Annual administration report of the Civil Veterinary Department of India - 1895-1896
Year: 1895
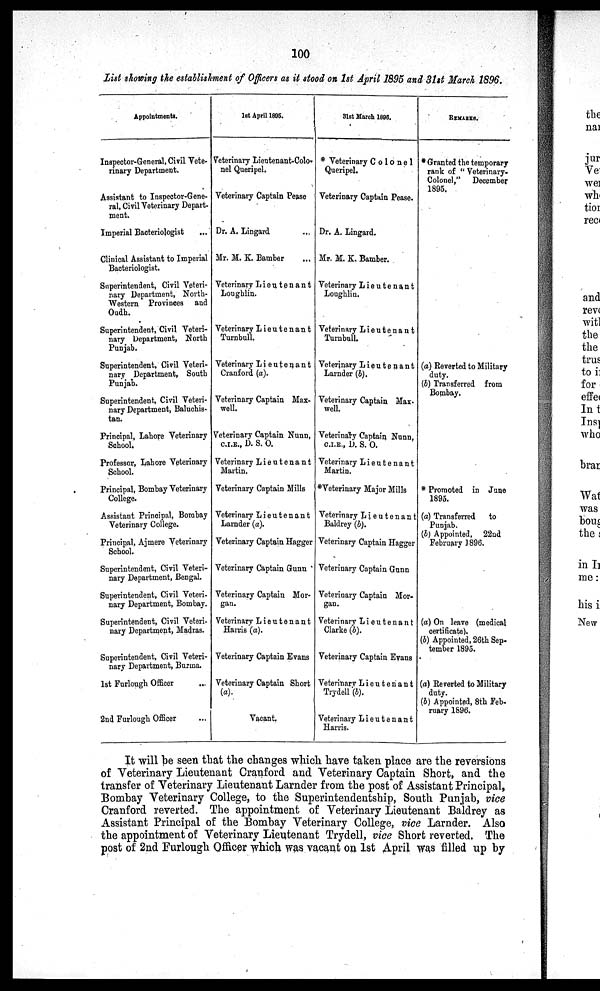
100
List showing the establishment of Officers as it stood on 1st April 1895 and 31st March 1896.
Appointments.
Inspector-General, Civil Vete-
rinary Department.
Assistant to Inspector-Gene-
ral, Civil Veterinary Depart-
ment.
Imperial Bacteriologist ...
Clinical Assistant to Imperial
Bacteriologist.
Superintendent, Civil Veteri-
nary Department, North-
Western Provinces and
Oudh.
Superintendent, Civil Veteri-
nary Department, North
Punjab.
Superintendent, Civil Veteri-
nary Department, South
Punjab.
Superintendent, Civil Veteri-
nary Department, Baluchis-
tan.
Principal, Lahore Veterinary
School.
Professor, Lahore Veterinary
School.
Principal, Bombay Veterinary
College.
Assistant Principal, Bombay
Veterinary College.
Principal, Ajmere Veterinary
School.
Superintendent, Civil Veteri-
nary Department, Bengal.
Superintendent, Civil Veteri-
nary Department, Bombay.
Superintendent, Civil Veteri-
nary Department, Madras.
Superintendent, Civil Veteri-
nary Department, Burma.
1st Furlough Officer ...
2nd Furlough Officer ...
1st April 1895.
Veterinary Lieutenant-Colo-
nel Queripel.
Veterinary Captain Pease
Dr. A. Lingavd ...
Mr. M. K. Bamber ...
Veterinary Lieutenant
Loughlin.
Veterinary Lieutenant
Turnbull.
Veterinary Lieutenant
Cranford (a).
Veterinary Captain Max-
well.
Veterinary Captain Nunn,
C.I.E., D. S.O.
Veterinary Lieutenant
Martin.
Veterinary Captain Mills
Veterinary Lieutenant
Larnder (a).
Veterinary Captain Hagger
Veterinary Captain Gunn
Veterinary Captain Mor-
gan.
Veterinary Lieutenant
Harris (a).
Veterinary Captain Evans
Veterinary Captain Short
(a).
Vacant.
31st March 1896.
* Veterinary Colonel
Queripel.
Veterinary Captain Pease.
Dr. A. Lingard.
Mr. M. K. Bamber.
Veterinary Lieutenant
Loughlin.
Veterinary Lieutenant
Turnbull.
Veterinary Lieutenant
Larnder (b).
Veterinary Captain Max-
well.
Veterinary Captain Nunn,
C.I.E., D. S. O.
Veterinary Lieutenant
Martin.
*Veterinary Major Mills
Veterinary Lieutenant
Baldrey (b).
Veterinary Captain Hagger
Veterinary Captain Gunn
Veterinary Captain Mor-
gan.
Veterinary Lieutenant
Clarke (b).
Veterinary Captain Evans
Veterinary Lieutenant
Trydell (b).
Veterinary Lieutenant
Harris.
REMARKS.
* Granted the temporary
rank of "Veterinary.
Colonel," December
1895.
1895.
(a) Reverted to Military
duty.
(b) Transferred from
Bombay.
* Promoted in June
1895.
(a) Transferred
to
Punjab,
(b) Appointed, 22nd
February 1896.
(a) On leave (medical
certificate).
(b) Appointed, 26th Sep-
tember 1895.
(a) Reverted to Military
duty.
(b) Appointed, 8th Feb-
ruary 1896.
It will be seen that the changes which have taken place are the reversions
of Veterinary Lieutenant Cranford and Veterinary Captain Short, and the
transfer of Veterinary Lieutenant Larnder from the post of Assistant Principal,
Bombay Veterinary College, to the Superintendentship, South Punjab, vice
Cranford reverted. The appointment of Veterinary Lieutenant Baldrey as
Assistant Principal of the Bombay Veterinary College, vice Larnder. Also
the appointment of Veterinary Lieutenant Trydell, vice Short reverted. The
post of 2nd Furlough Officer which was vacant on 1st April was filled up by